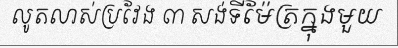
លូតលាស់ប្រវែង ៣ សង់ទីម៉ែត្រក្នុងមួយ